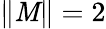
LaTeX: \| \mathit{M}\| =2